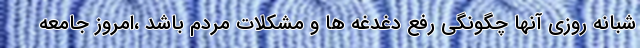
شبانه روزی آنها چگونگی رفع دغدغه ها و مشکلات مردم باشد ،امروز جامعه